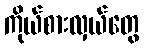
ကိုယ်စားလှယ်တွေ